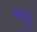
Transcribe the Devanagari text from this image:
परतवू